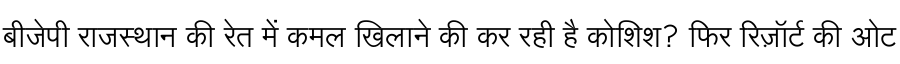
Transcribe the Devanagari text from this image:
बीजेपी राजस्थान की रेत में कमल खिलाने की कर रही है कोशिश? फिर रिज़ॉर्ट की ओट